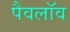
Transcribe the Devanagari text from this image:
पैवलॉव